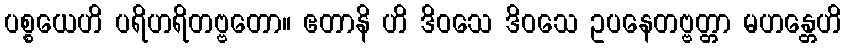
ပစ္စယေဟိ ပရိဟရိတဗ္ဗတော။ ဧတာနိ ဟိ ဒိဝသေ ဒိဝသေ ဥပနေတဗ္ဗတ္တာ မဟန္တေဟိ